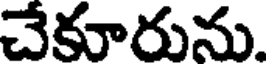
చేకూరును.